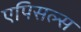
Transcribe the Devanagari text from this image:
एपिसल्स